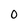
Character: O